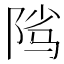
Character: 𱀑